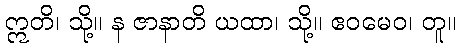
ဣတိ၊ သို့။ န ဇာနာတိ ယထာ၊ သို့။ ဧဝမေဝ၊ တူ။